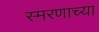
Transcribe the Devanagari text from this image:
स्मरणाच्या